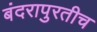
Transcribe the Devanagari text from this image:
बंदरापुरतीच